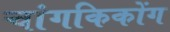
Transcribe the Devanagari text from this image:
चांगकिकोंग